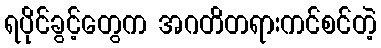
ရပိုင်ခွင့်တွေက အဂတိတရားကင်စင်တဲ့